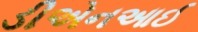
ડીએનઆઈ